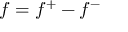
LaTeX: f = f ^ { + } - f ^ { - }